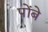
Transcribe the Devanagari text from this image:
पोंबे